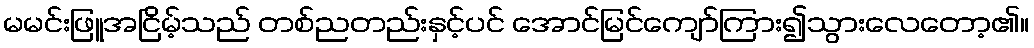
မမင်းဖြူအငြိမ့်သည် တစ်ညတည်းနှင့်ပင် အောင်မြင်ကျော်ကြား၍သွားလေတော့၏။